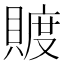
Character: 𧶴